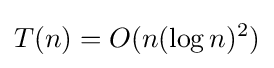
T(n)=O(n(\log n)^{2})